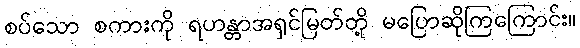
စပ်သော စကားကို ရဟန္တာအရှင်မြတ်တို့ မပြောဆိုကြကြောင်း။